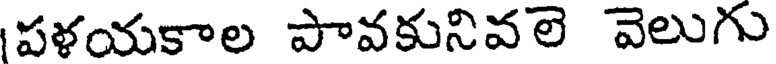
పళయకాల పావకునివలె వెలుగు